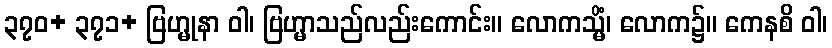
၃၇၀+ ၃၇၁+ ဗြဟ္မုနာ ဝါ၊ ဗြဟ္မာသည်လည်းကောင်း။ လောကသ္မိံ၊ လောက၌။ ကေနစိ ဝါ၊